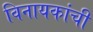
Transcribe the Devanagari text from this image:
विनायकांची